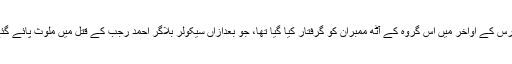
گزشتہ برس کے اواخر میں اس گروہ کے آٹھ ممبران کو گرفتار کیا گیا تھا، جو بعدازاں سیکولر بلاگر احمد رجب کے قتل میں ملوث پائے گئے تھے۔